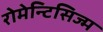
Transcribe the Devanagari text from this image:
रोमेन्टिसिज्म